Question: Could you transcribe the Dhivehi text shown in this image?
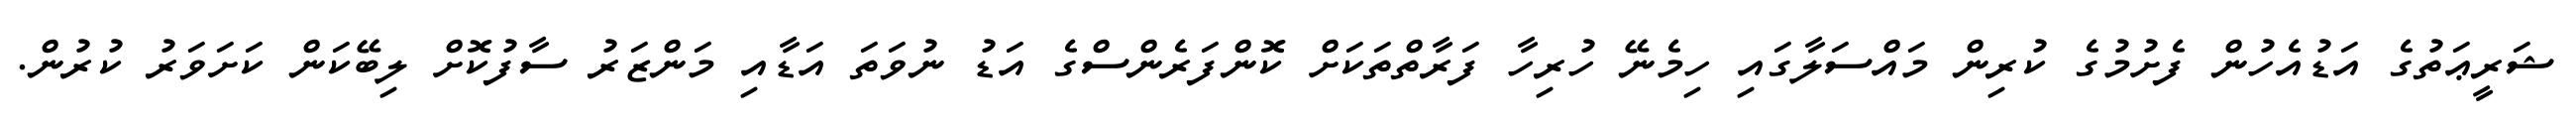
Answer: ޝަރީޢަތުގެ އަޑުއެހުން ފެށުމުގެ ކުރިން މައްސަލާގައި ހިމެނޭ ހުރިހާ ފަރާތްތަކަށް ކޮންފަރެންސްގެ އަޑު ނުވަތަ އަޑާއި މަންޒަރު ސާފުކޮށް ލިބޭކަން ކަށަވަރު ކުރުން.